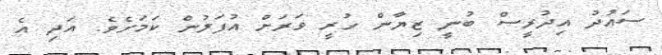
ސައުދު އިދުރީސް ބުނީ ޒިޔާން ހުރީ ވަރަށް އުފަލުން ކަމަށެވެ. އަދި އެ